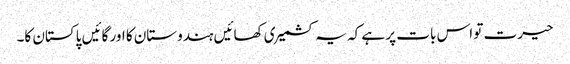
حیرت تو اس بات پر ہے کہ یہ کشمیری کھائیں ہندوستان کا اور گائیں پاکستان کا۔